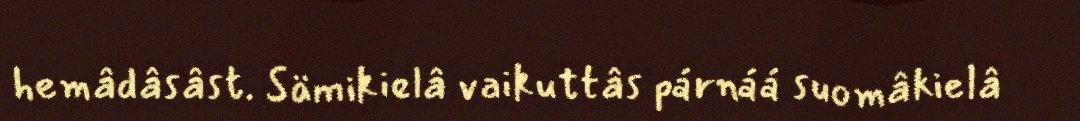
hemâdâsâst. Sämikielâ vaikuttâs párnáá suomâkielâ